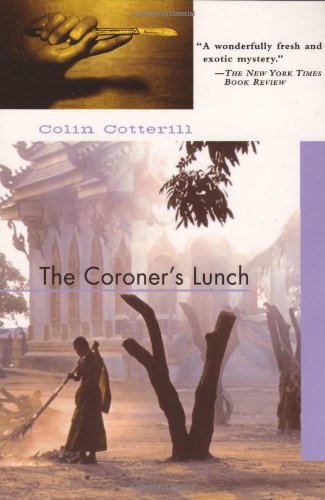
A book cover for The Coroner's Lunch; Colin Cotterill; Mystery, Thriller & Suspense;